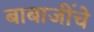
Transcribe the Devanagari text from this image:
बाबाजींचे